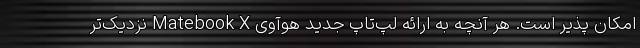
امکان پذیر است. هر آنچه به ارائه لپ‌تاپ جدید هوآوی Matebook X نزدیک‌تر